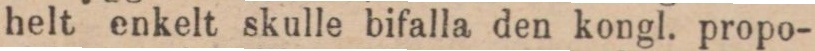
helt enkelt skulle bifalla den kongl. propo-